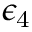
\epsilon _ { \mathrm { 4 } }